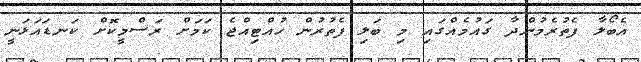
އެބޯލާ ފެތުރެމުންދާ ގައުމެއްގައި މި ބަލި ފެތުރުން ހުއްޓިއްޖެ ކަމަށް ރަސްމީކޮށް ކަނޑައަޅަނީ